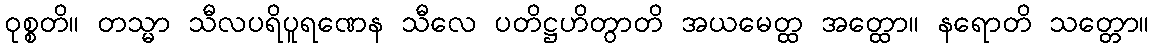
ဝုစ္စတိ။ တသ္မာ သီလပရိပူရဏေန သီလေ ပတိဋ္ဌဟိတွာတိ အယမေတ္ထ အတ္ထော။ နရောတိ သတ္တော။